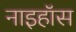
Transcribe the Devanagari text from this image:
नाइहॉस